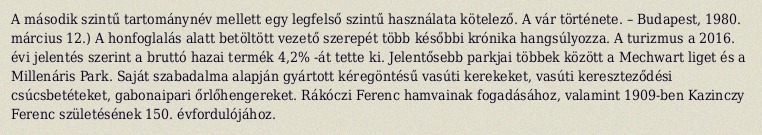
A második szintű tartománynév mellett egy legfelső szintű használata kötelező. A vár története. – Budapest, 1980. március 12.) A honfoglalás alatt betöltött vezető szerepét több későbbi krónika hangsúlyozza. A turizmus a 2016. évi jelentés szerint a bruttó hazai termék 4,2% -át tette ki. Jelentősebb parkjai többek között a Mechwart liget és a Millenáris Park. Saját szabadalma alapján gyártott kéregöntésű vasúti kerekeket, vasúti kereszteződési csúcsbetéteket, gabonaipari őrlőhengereket. Rákóczi Ferenc hamvainak fogadásához, valamint 1909-ben Kazinczy Ferenc születésének 150. évfordulójához.